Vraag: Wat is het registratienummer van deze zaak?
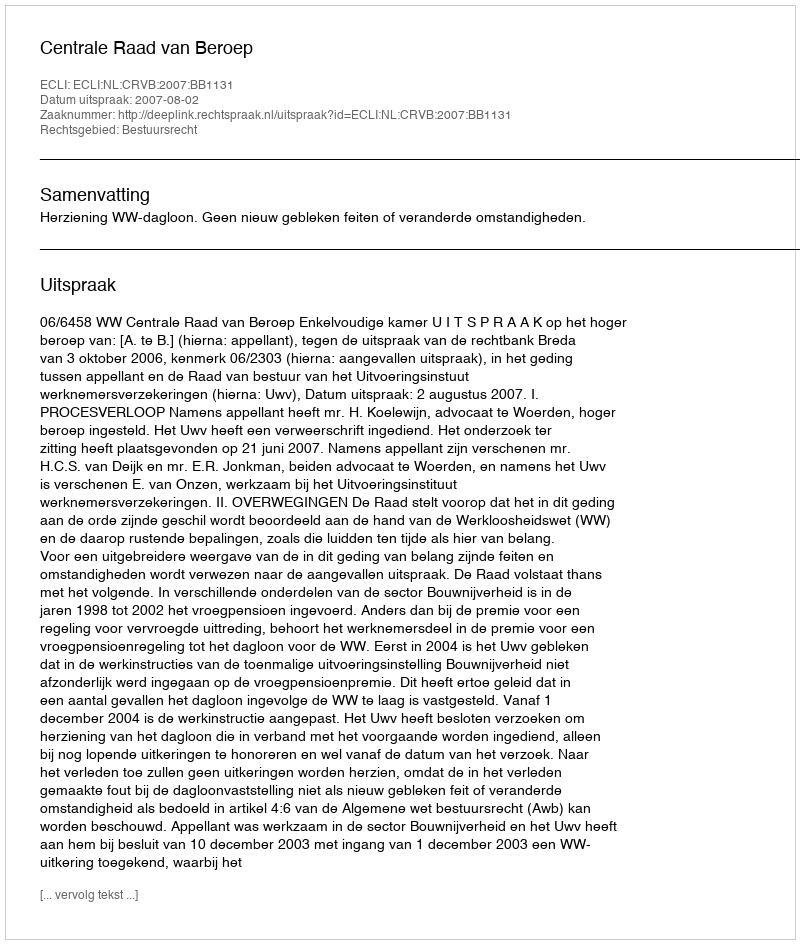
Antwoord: http://deeplink.rechtspraak.nl/uitspraak?id=ECLI:NL:CRVB:2007:BB1131